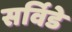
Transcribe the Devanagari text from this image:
सर्विडे